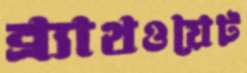
ব্র্যাথওয়েট